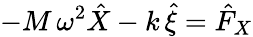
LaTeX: -M\, \omega^{2}\hat{X}-k\, \hat{\xi}=\hat{F}_{X}